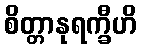
စိတ္တာနုရက္ခီဟိ